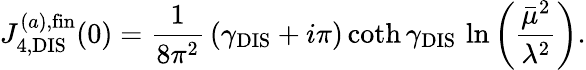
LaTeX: J_{4,\mathrm{DIS}}^{(a),\mathrm{fin}}(0)={\frac{1}{8\pi^{2}}}\left(\gamma_{\mathrm{DIS}}+i\pi\right)\coth\gamma_{\mathrm{DIS}}\, \ln\left({\frac{\bar{\mu}^{2}}{\lambda^{2}}}\right).